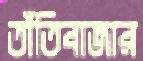
তাঁতিবাজার